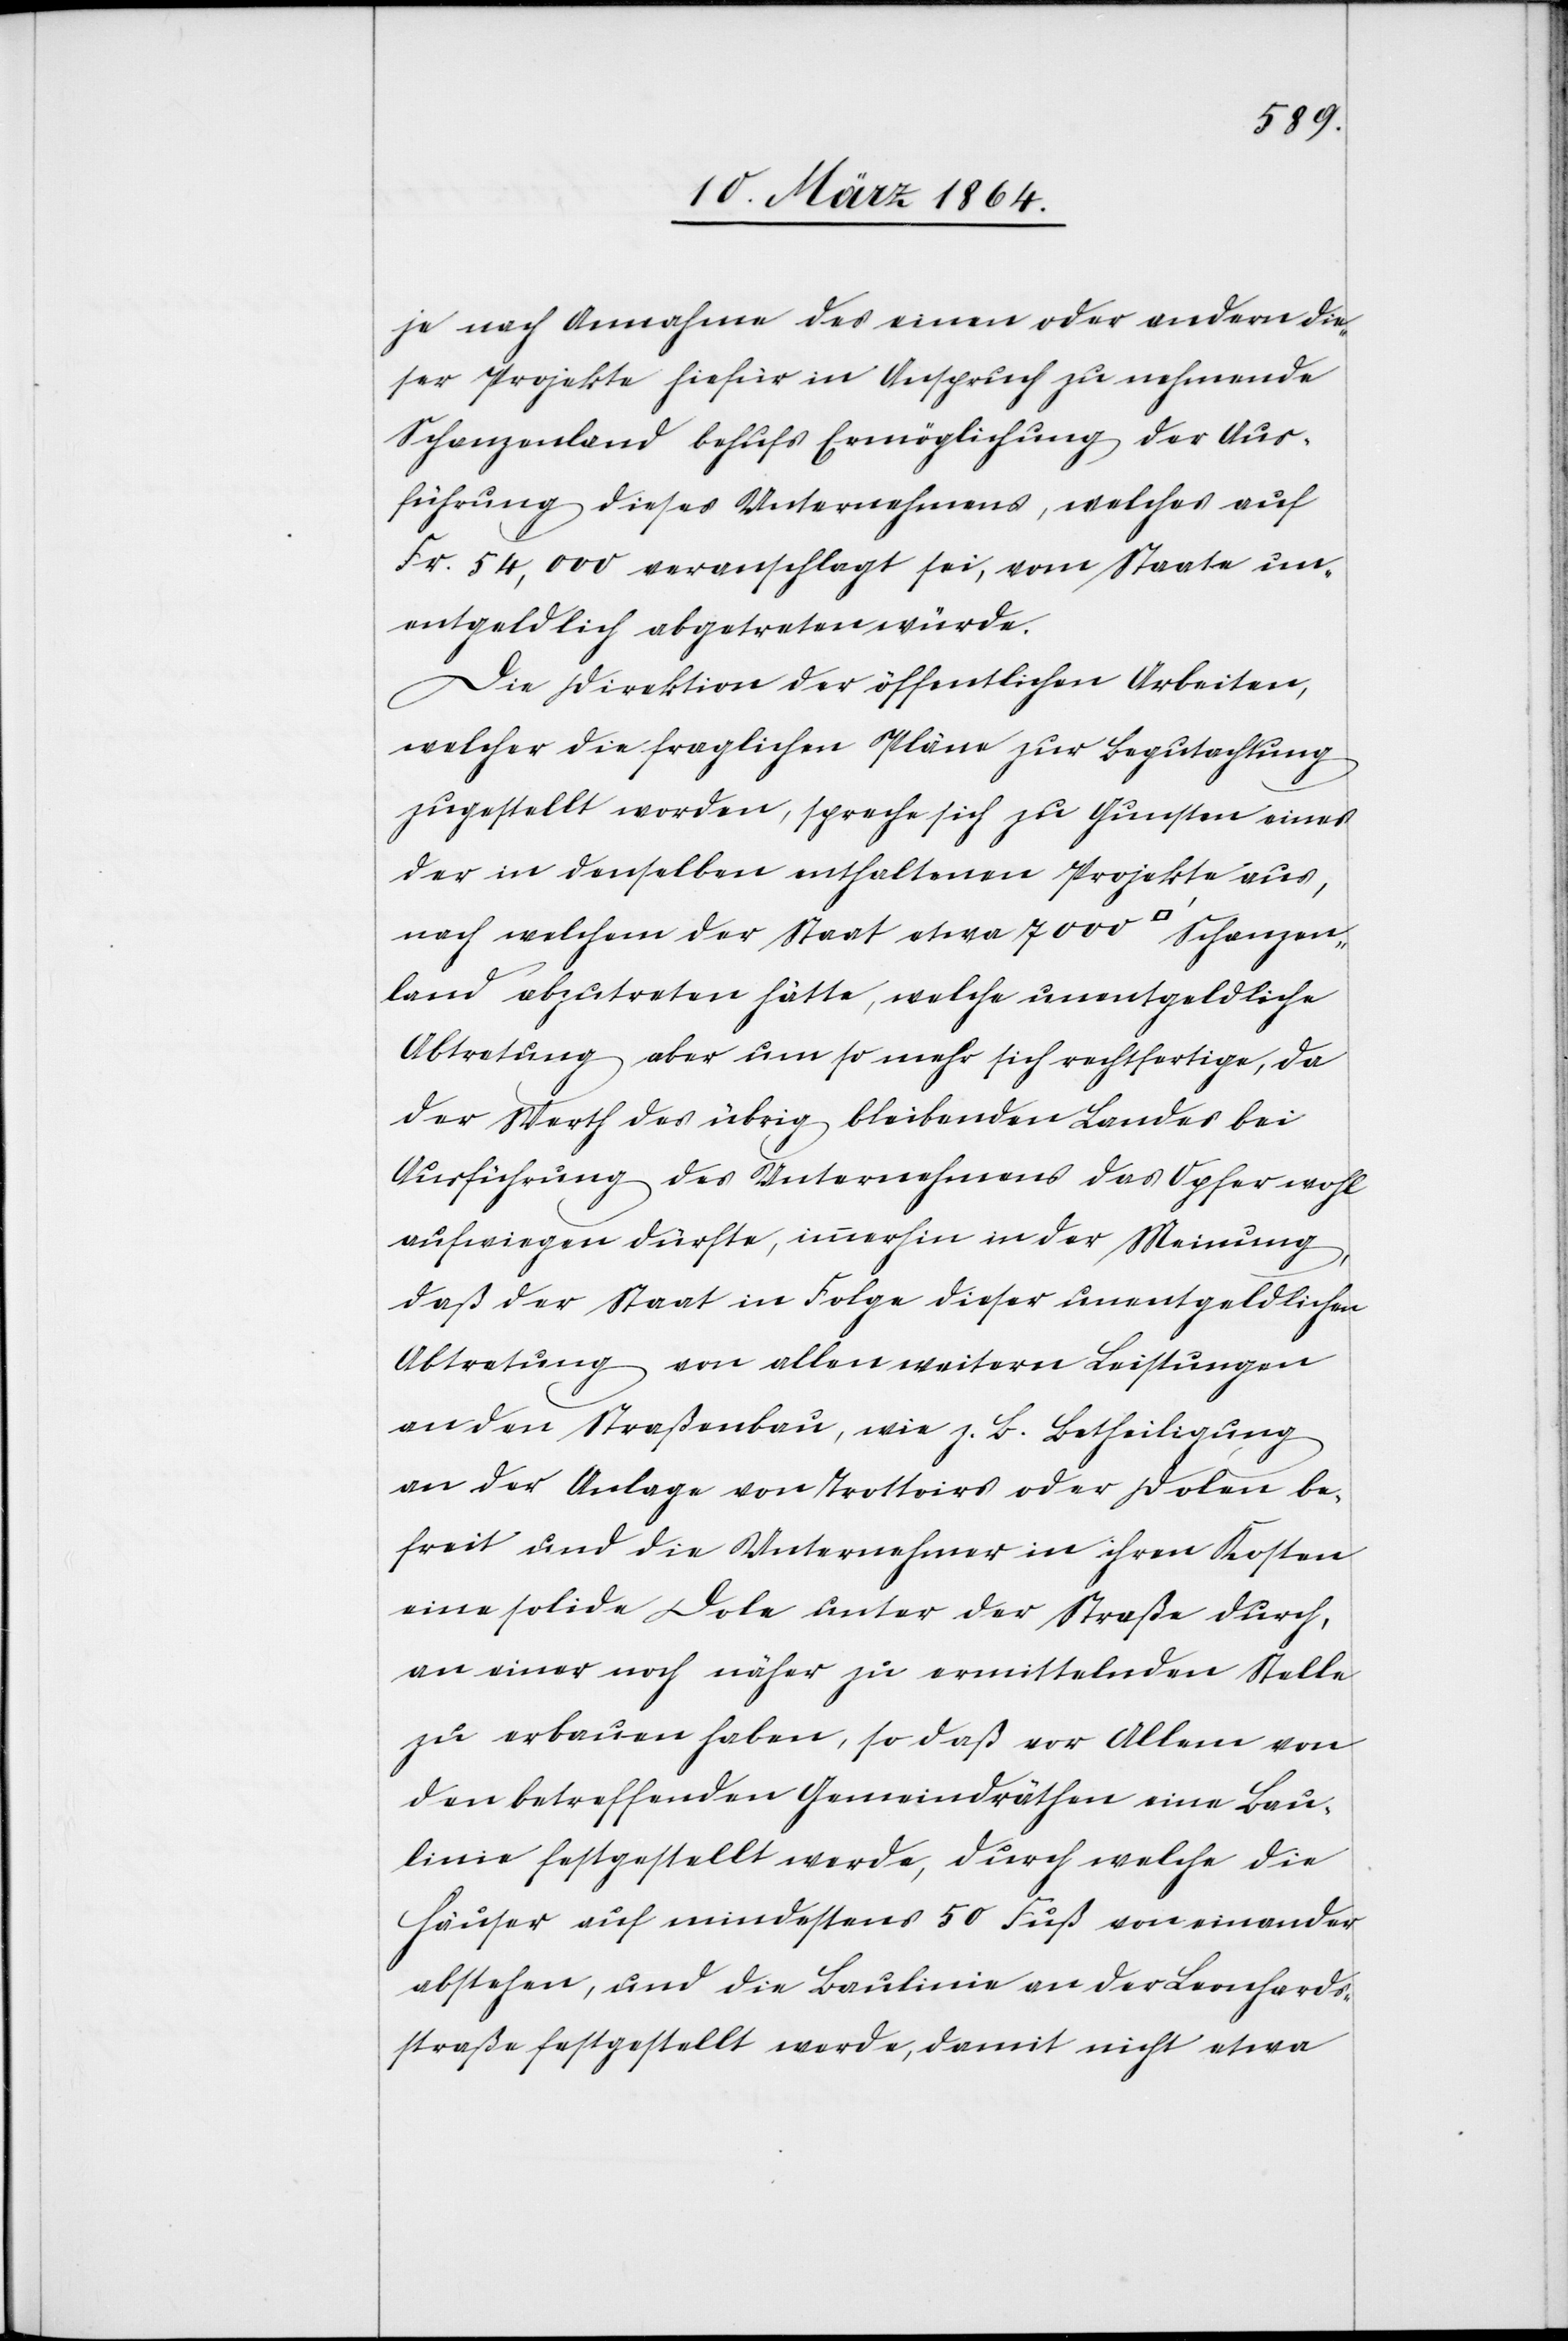
je nach Annahme des einen oder andern die¬
ser Projekte hiefür in Anspruch zu nehmende
Schanzenland behufs Ermöglichung der Aus¬
führung dieses Unternehmens, welches auf
Fr. 54,000 veranschlagt sei, vom Staate un¬
entgeldlich abgetreten würde.
Die Direktion der öffentlichen Arbeiten,
welcher die fraglichen Pläne zur Begutachtung
zugestellt worden, spreche sich zu Gunsten eines
der in denselben enthaltenen Projekte aus,
nach welchem der Staat etwa 7000 [Quadratfuss] Schanzen¬
land abzutreten hätte, welche unentgeldliche
Abtretung aber um so mehr sich rechtfertige, da
der Werth des übrig bleibenden Landes bei
Ausführung des Unternehmens das Opfer wohl
aufwiegen dürfte, immerhin in der Meinung,
daß der Staat in Folge dieser unentgeldlichen
Abtretung von allen weitern Leistungen
an den Straßenbau, wie z. B. Betheiligung
an der Anlage von Trottoirs oder Dolen be¬
freit und die Unternehmer in ihren Kosten
eine solide Dole unter der Straße durch,
an einer noch näher zu ermittelnden Stelle
zu erbauen haben, so daß vor Allem von
den betreffenden Gemeindräthen eine Bau¬
linie festgestellt werde, durch welche die
Häuser auf mindestens 50 Fuß von einander
abstehen, und die Baulinie an der Leonhards¬
straße festgestellt werde, damit nicht etwa